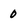
Character: 0